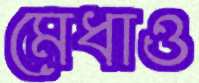
মেধাও